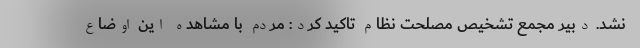
نشد. دبیر مجمع تشخیص مصلحت نظام تاکید کرد: مردم با مشاهده این اوضاع